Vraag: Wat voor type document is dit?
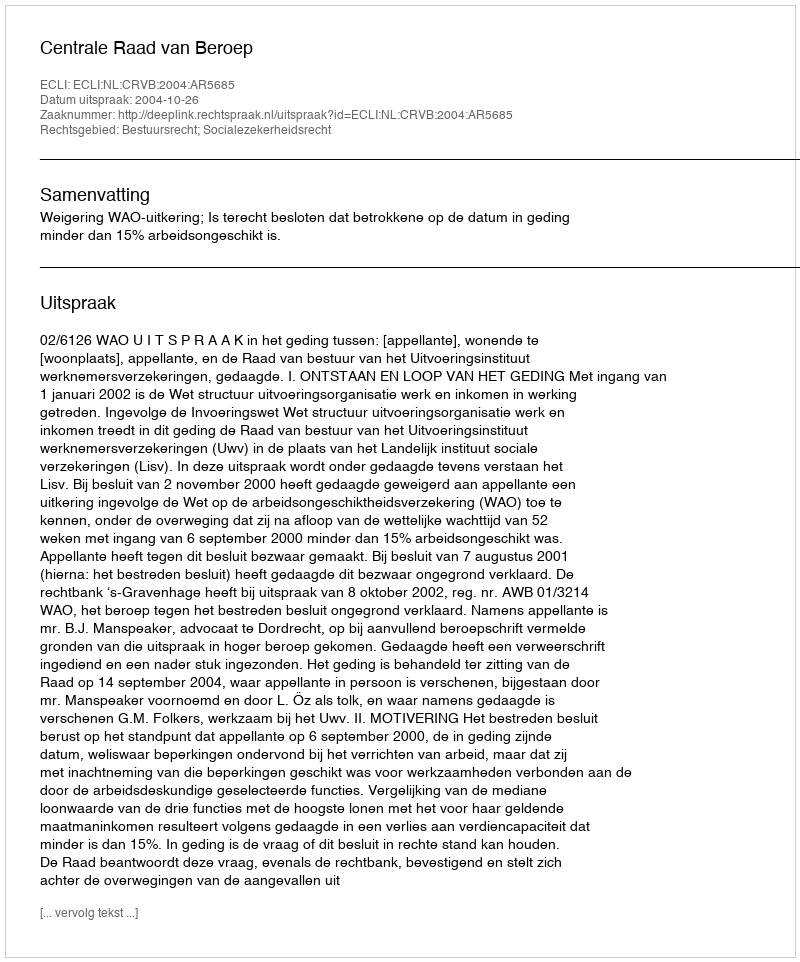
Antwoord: Uitspraak